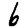
Digit: 6